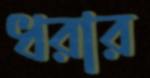
ধরার